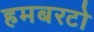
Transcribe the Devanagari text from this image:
हमबरटो